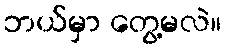
ဘယ်မှာ တွေ့မလဲ။